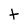
Character: t